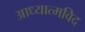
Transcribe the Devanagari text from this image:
आध्यात्मविद